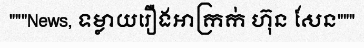
"""News, ទម្លាយរឿងអាក្រក់ ហ៊ុន សែន"""